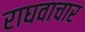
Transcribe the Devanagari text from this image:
राघवाचार